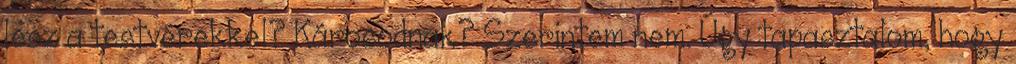
lesz a testvérekkel? Károsodnak? Szerintem nem. Úgy tapasztalom, hogy